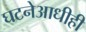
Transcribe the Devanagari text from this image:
घटनेआधीही